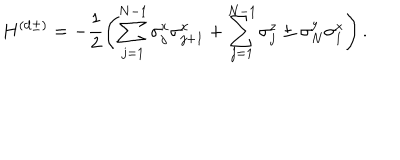
H ^ { ( \mathrm { d } \pm ) } = - \frac { 1 } { 2 } \left( \sum _ { j = 1 } ^ { N - 1 } \sigma _ { j } ^ { x } \sigma _ { j + 1 } ^ { x } + \sum _ { j = 1 } ^ { N - 1 } \sigma _ { j } ^ { z } \pm \sigma _ { N } ^ { y } \sigma _ { 1 } ^ { x } \right) .